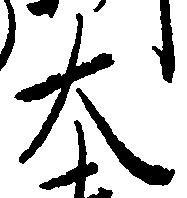
大